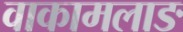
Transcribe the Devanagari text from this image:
वाकामलाङ